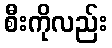
စီးကိုလည်း